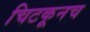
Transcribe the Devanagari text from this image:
चिटकूनच